Civil Veterinary Department. Madras. Admin. report 1926-33 - 1926-1933
Year: 1926
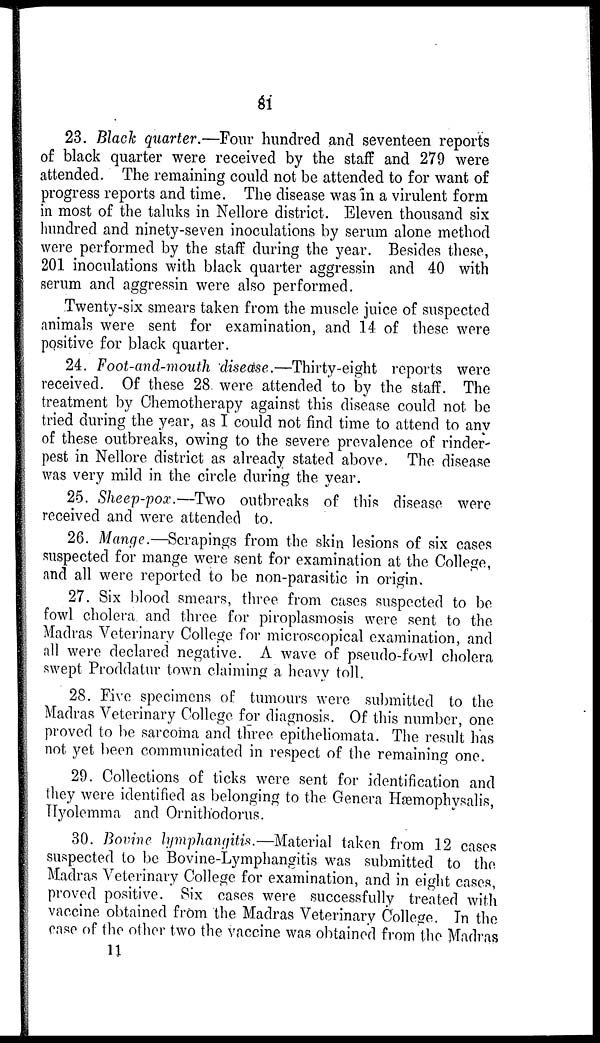
81
23. Black quarter.—Four hundred and seventeen reports
of black quarter were received by the staff and 279 were
attended. The remaining could not be attended to for want of
progress reports and time. The disease was in a virulent form
in most of the taluks in Nellore district. Eleven thousand six
hundred and ninety-seven inoculations by serum alone method
were performed by the staff during the year. Besides these,
201 inoculations with black quarter aggressin and 40 with
serum and aggressin were also performed.
Twenty-six smears taken from the muscle juice of suspected
animals were sent for examination, and 14 of these were
positive for black quarter.
24. Foot-and-mouth disease.—Thirty-eight reports were
received. Of these 28 were attended to by the staff. The
treatment by Chemotherapy against this disease could not be
tried during the year, as I could not find time to attend to any
of these outbreaks, owing to the severe prevalence of rinder
pest in Nellore district as already stated above. The disease
was very mild in the circle during the year.
25. Sheep-pox.—Two outbreaks of this disease were
received and were attended to.
26. Mange.—Scrapings from the skin lesions of six cases
suspected for mange were sent for examination at the College,
and all were reported to be non-parasitic in origin.
27. Six blood smears, three from cases suspected to be
fowl cholera and three for piroplasmosis were sent to the
Madras Veterinary College for microscopical examination, and
all were declared negative. A wave of pseudo-fowl cholera
swept Proddatur town claiming a heavy toll.
28. Five specimens of tumours were submitted to the
Madras Veterinary College for diagnosis. Of this number, one
proved to be sarcoma and three epitheliomata. The result has
not yet been communicated in respect of the remaining one.
29. Collections of ticks were sent for identification and
they were identified as belonging to the Genera Hæmophysalis,
Hyolemma and Ornithodorus.
30. Bovine lymphangitis.—Material taken from 12 cases
suspected to be Bovine-Lymphangitis was submitted to the
Madras Veterinary College for examination, and in eight cases,
proved positive. Six cases were successfully treated with
vaccine obtained from the Madras Veterinary College. In the
case of the other two the vaccine was obtained from the Madras
11